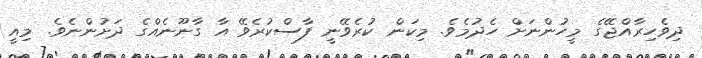
ދިވެހިރާއްޖޭގެ މީހުންނަށް ހެދުމެވެ. މިކަން ކުރެވޭނީ ފާސްކުރެވޭ އާ ގާނޫނެއްގެ ދަށުންނެވެ. މިއީ